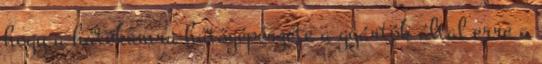
hogy a hűtőkamra hűtőgépészete a gyártók által erre a